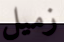
زميل